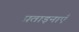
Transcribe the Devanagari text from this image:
प्रताड़नाएँ